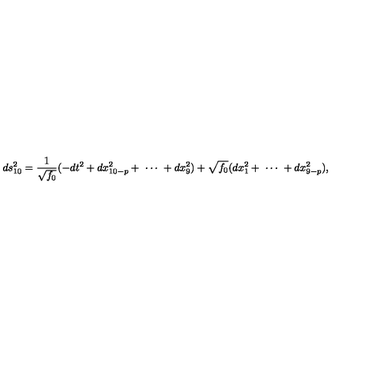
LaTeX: d s _ { 1 0 } ^ { 2 } = \frac { 1 } { \sqrt { f _ { 0 } } } ( - d t ^ { 2 } + d x _ { 1 0 - p } ^ { 2 } + \ \cdots \ + d x _ { 9 } ^ { 2 } ) + \sqrt { f _ { 0 } } ( d x _ { 1 } ^ { 2 } + \ \cdots \ + d x _ { 9 - p } ^ { 2 } ) ,